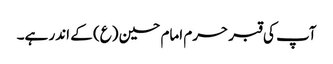
آپ کی قبر حرم امام حسین (ع) کے اندر ہے۔